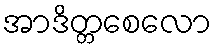
အာဒိတ္တစေလော